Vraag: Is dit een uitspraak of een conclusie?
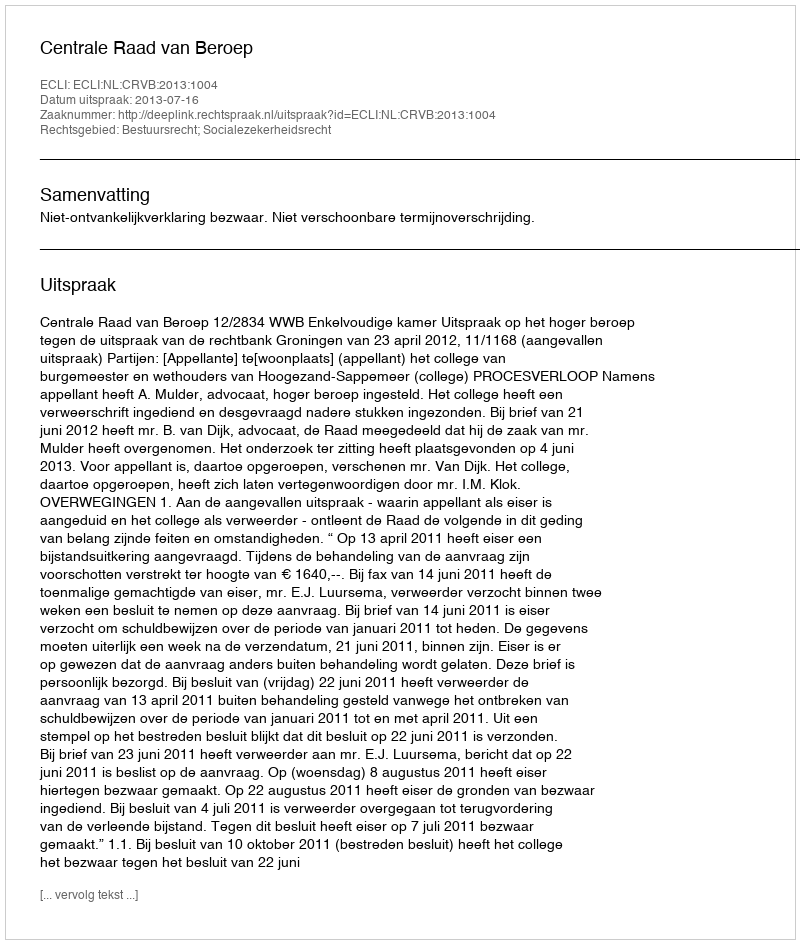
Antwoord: Uitspraak